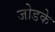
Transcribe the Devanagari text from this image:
जोडके